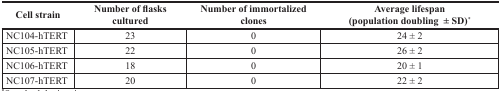
<table><thead><tr><td><b>Cell strain</b></td><td><b>Number of flasks cultured</b></td><td><b>Number of immortalized clones</b></td><td><b>Average lifespan (population doubling ± SD)*</b></td></tr></thead><tbody><tr><td>NC104-hTERT</td><td>23</td><td>0</td><td>24 ± 2</td></tr><tr><td>NC105-hTERT</td><td>22</td><td>0</td><td>26 ± 2</td></tr><tr><td>NC106-hTERT</td><td>18</td><td>0</td><td>20 ± 1</td></tr><tr><td>NC107-hTERT</td><td>20</td><td>0</td><td>22 ± 2</td></tr></tbody></table>